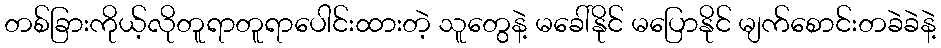
တစ်ခြားကိုယ့်လိုတူရာတူရာပေါင်းထားတဲ့ သူတွေနဲ့ မခေါ်နိုင် မပြောနိုင် မျက်စောင်းတခဲခဲနဲ့